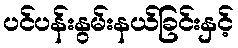
ပင်ပန်းနွမ်းနယ်ခြင်းနှင့်